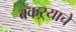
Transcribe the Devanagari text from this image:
बकऱ्याचे